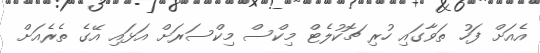
އެއަށް ފަހު ތަވާގައި ހުރި ޗޮކުލެޓް މިކްސް މިކްސަރަށް އަޅައި އޭގެ ތެރެއަށް